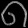
Digit: ၈